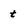
Character: t